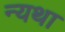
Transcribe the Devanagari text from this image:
न्यथा